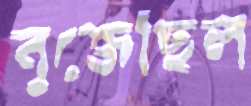
বুজেছিল